Trukikaitis_Postimees, lk 47
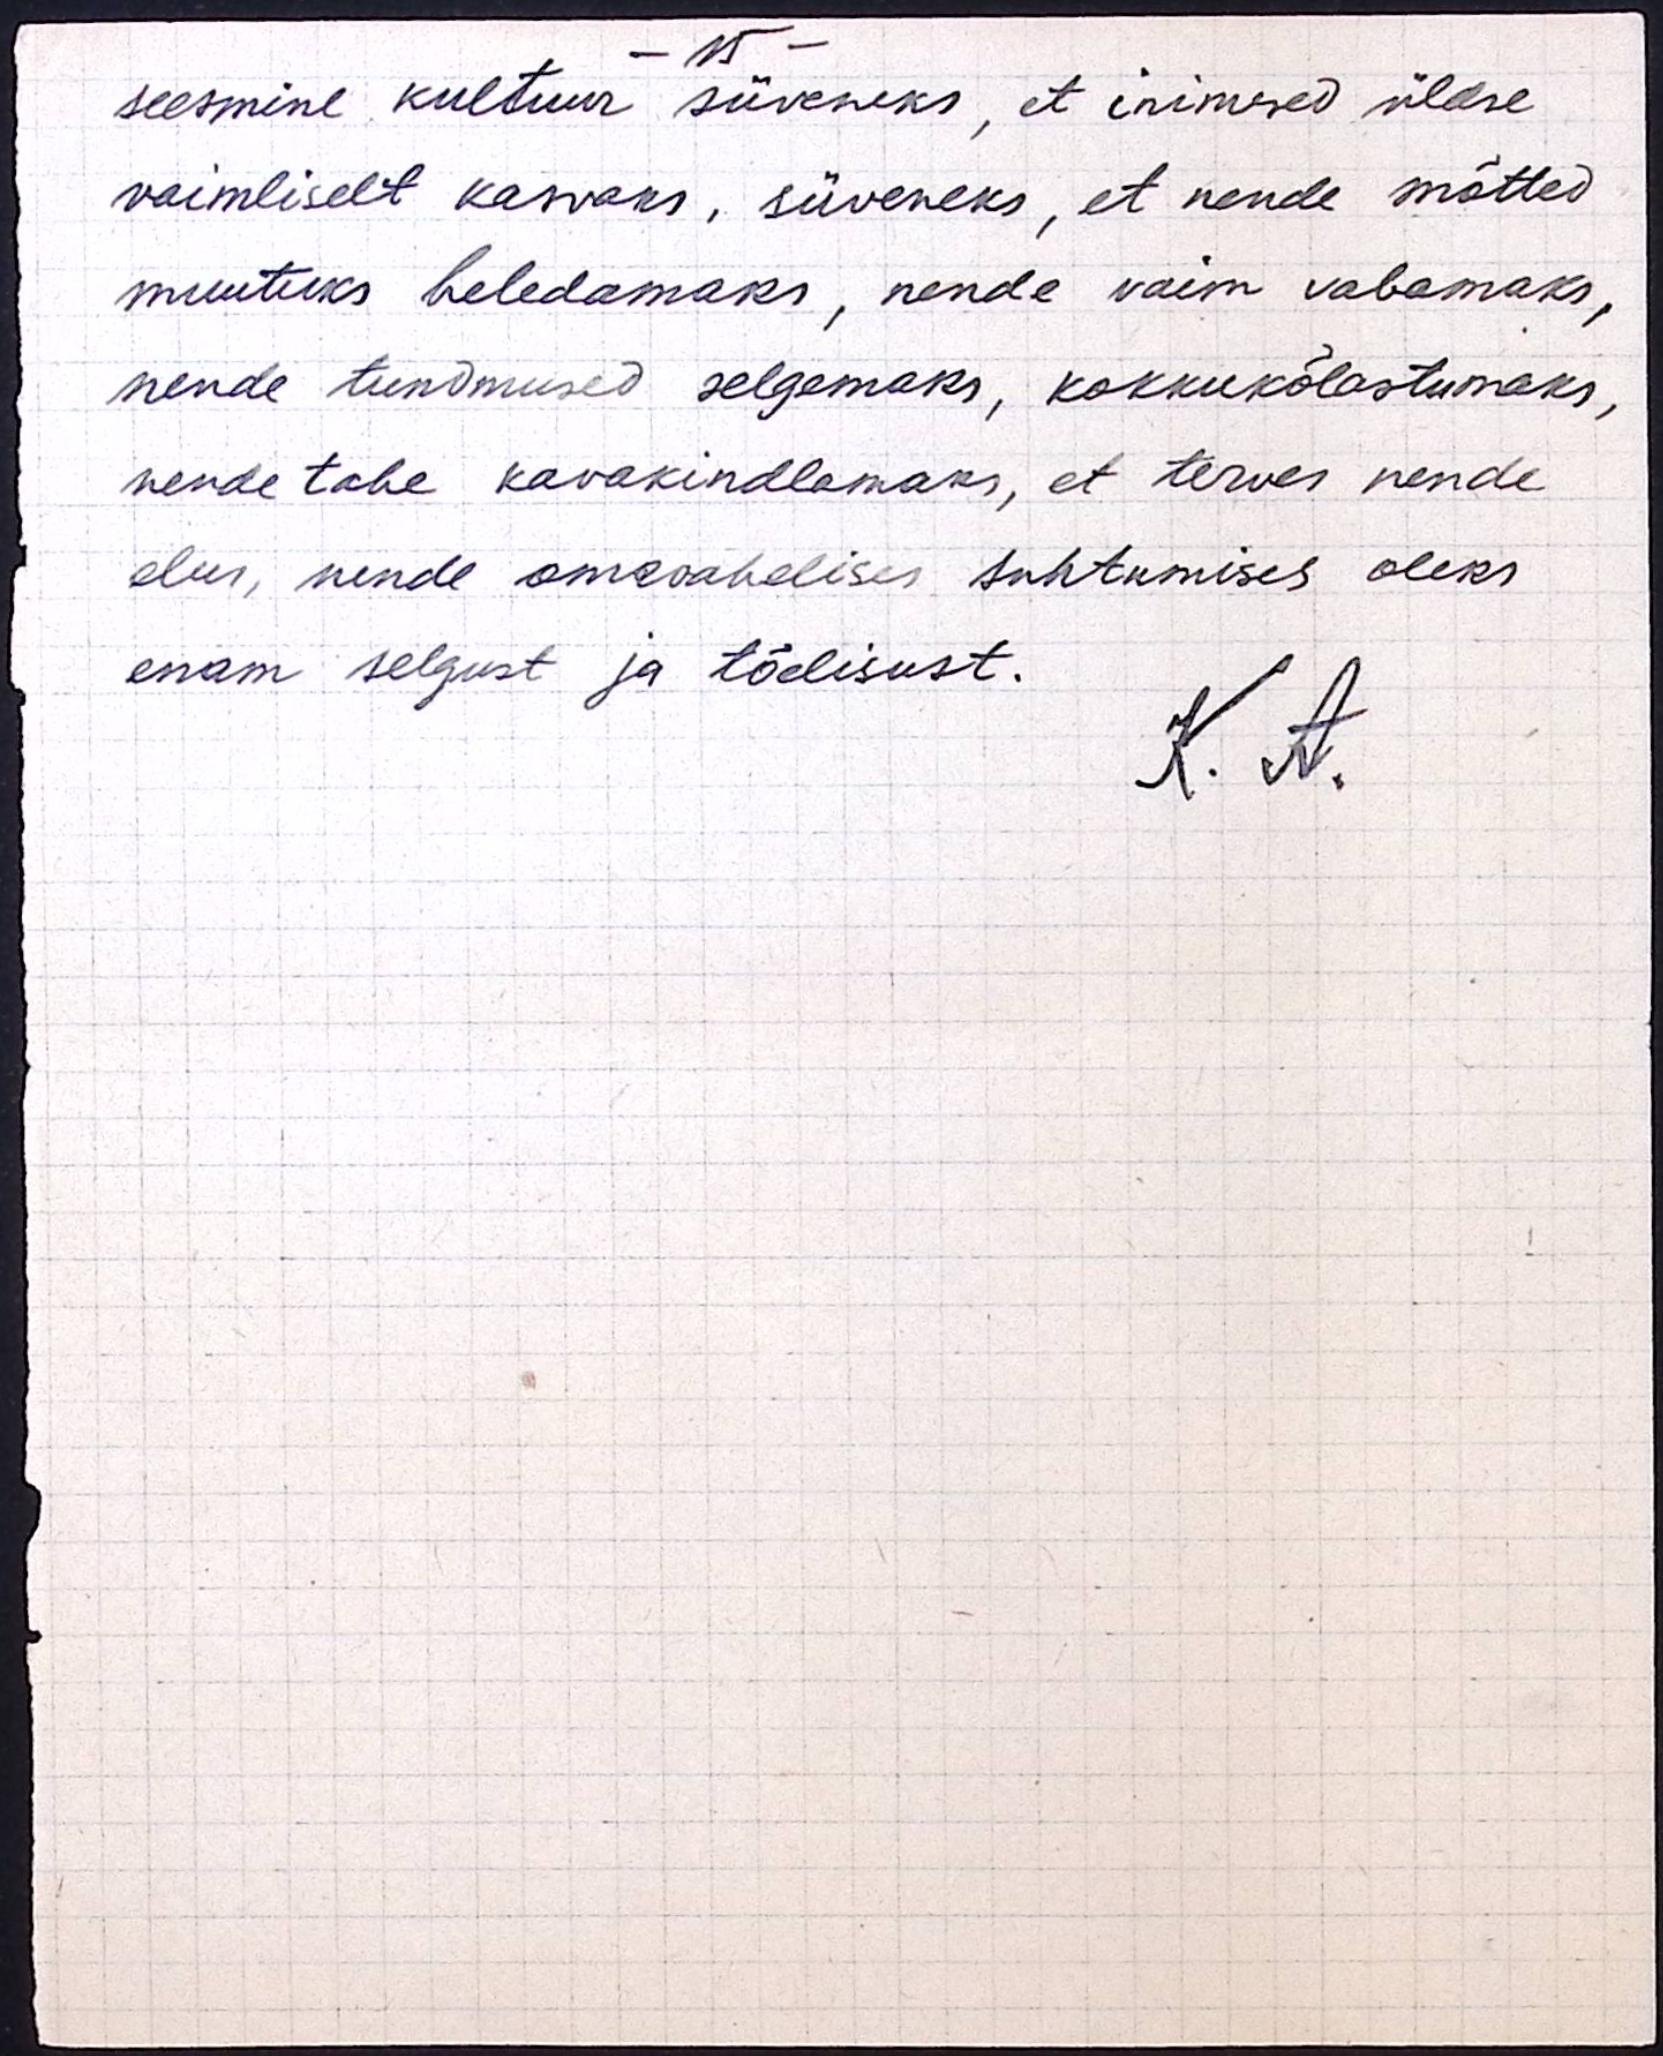
- 15 -
seesmine kultuur süveneks, et inimesed üldse
vaimliselt kasvaks, süveneks, et nende mõtted
muutuks heledamaks, nende vaim vabamaks,
nende tundmused selgemaks, kokkukõlastumaks,
nende tahe kavakindlamaks, et terves nende
elus, nende omavahelises suhtumises oleks
enam selgust ja tõelisust.
K. A.